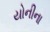
યોનીના